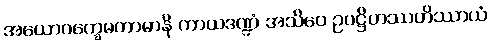
အယောဂက္ခေမကာမာနိ ကာယဒဏ္ဍံ အသိဝေ ဥပဋ္ဌိတဿတိဿာယံ